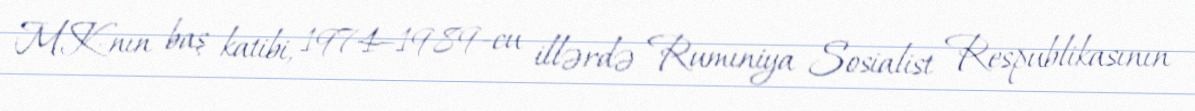
MK-nın baş katibi, 1974–1989-cu illərdə Rumıniya Sosialist Respublikasının